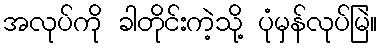
အလုပ်ကို ခါတိုင်းကဲ့သို့ ပုံမှန်လုပ်မြဲ။